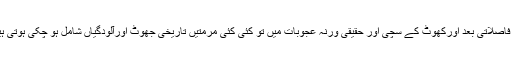
کتنی نادر و نایاب کتنی قدیم تاریخی داستانی اساطیری بناکسی فاصلاتی بعد اورکھوٹ کے سچی اور حقیقی ورنہ عجوبات میں تو کئی کئی مرمتیں تاریخی جھوٹ اورآلودگیاں شامل ہو چکی ہوتی ہیں لیکن یہ واحد انٹیکس ہیں جو ہر دَور میں نئے، تازہ، نوخیز۔